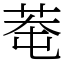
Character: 䓐